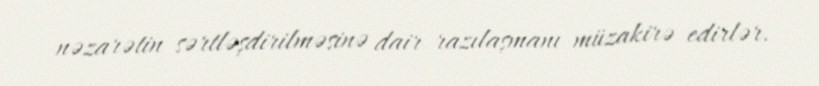
nəzarətin sərtləşdirilməsinə dair razılaşmanı müzakirə edirlər.